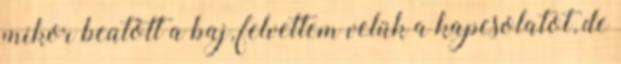
mikor beütött a baj, felvettem velük a kapcsolatot, de